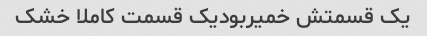
یک قسمتش خمیربودیک قسمت کاملا خشک